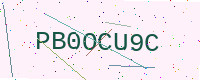
Text: PB0OCU9C